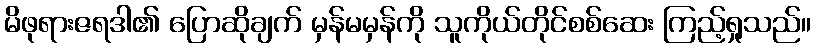
မိဖုရားဇရဒါ၏ ပြောဆိုချက် မှန်မမှန်ကို သူကိုယ်တိုင်စစ်ဆေး ကြည့်ရှုသည်။